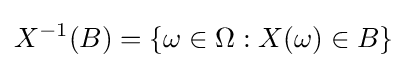
X^{-1}(B)=\{\omega \in \Omega :X(\omega )\in B\}